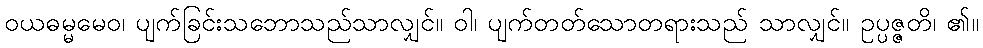
ဝယဓမ္မမေဝ၊ ပျက်ခြင်းသဘောသည်သာလျှင်။ ဝါ၊ ပျက်တတ်သောတရားသည် သာလျှင်။ ဥပ္ပဇ္ဇတိ၊ ၏။